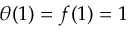
\theta ( 1 ) = f ( 1 ) = 1